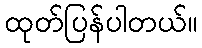
ထုတ်ပြန်ပါတယ်။